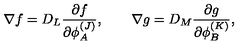
\nabla f = D _ { L } { \frac { \partial f } { \partial \phi _ { A } ^ { ( J ) } } } , \qquad \nabla g = D _ { M } { \frac { \partial g } { \partial \phi _ { B } ^ { ( K ) } } } ,